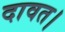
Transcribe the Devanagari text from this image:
दावत।